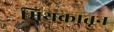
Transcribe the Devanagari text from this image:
मिथकातून